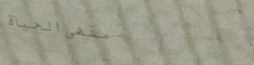
مقهى الحياة